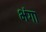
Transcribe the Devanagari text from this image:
भंगा